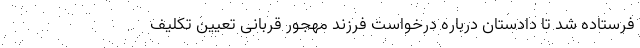
فرستاده شد تا دادستان درباره درخواست فرزند مهجور قربانی تعیین تکلیف